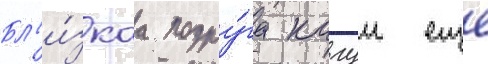
Бл'и́зкаа подру́га кагуи еще